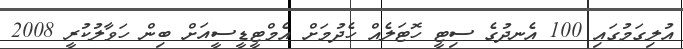
އުލިގަމުގައި 100 އެނދުގެ ސިޓީ ހޮޓަލެއް ހެދުމަށް އެމްޓީޑީސީއަށް ބިން ހަވާލުކުރީ 2008